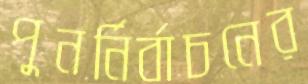
পুনর্নির্বাচনের